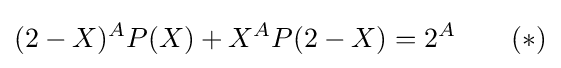
(2-X)^{A}P(X)+X^{A}P(2-X)=2^{A}\qquad (*)